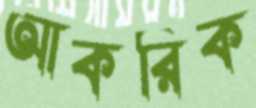
আকরিক